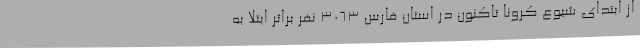
از ابتدای شیوع کرونا تاکنون در استان فارس 3063 نفر براثر ابتلا به